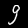
Digit: 9